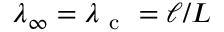
\lambda _ { \infty } = \lambda _ { \mathrm { ~ c ~ } } = \ell / L